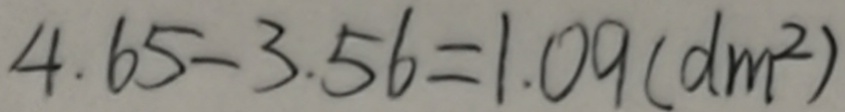
4 . 6 5 - 3 . 5 6 = 1 . 0 9 ( d m ^ { 2 } )